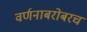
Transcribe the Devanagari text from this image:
वर्णनाबरोबरच